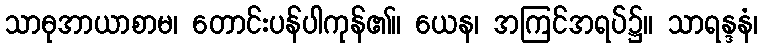
သာဓုအာယာစာမ၊ တောင်းပန်ပါကုန်၏။ ယေန၊ အကြင်အရပ်၌။ သာရန္ဒနံ၊